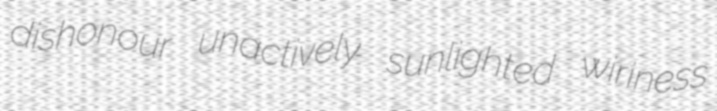
dishonour unactively sunlighted wiriness